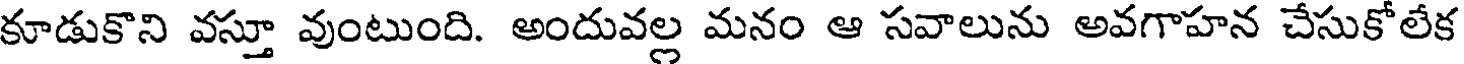
కూడుకొని వస్తూ వుంటుంది. అందువల్ల మనం ఆ సవాలును అవగాహన చేసుకోలేక